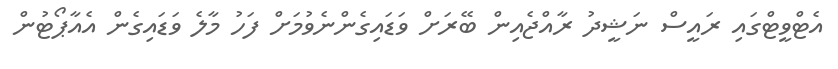
އެޓްވީޓްގައި ރައީސް ނަޝީދު ރާއްޖެއިން ބޭރަށް ވަޑައިގެންނެވުމަށް ފަހު މާލެ ވަޑައިގެން އެއާޕޯޓުން